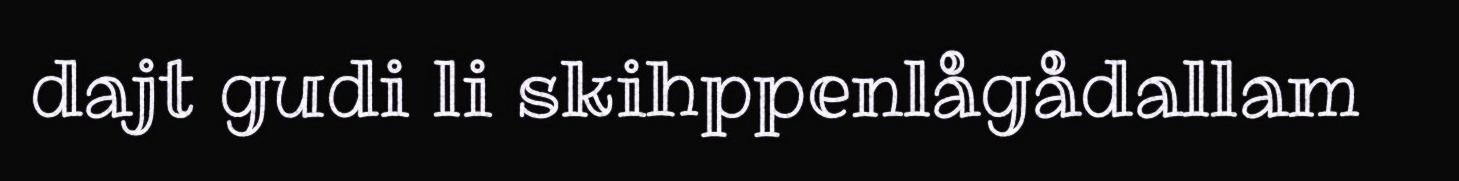
dajt gudi li skihppenlågådallam